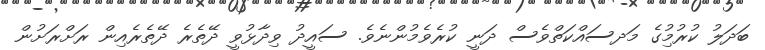
ބަދަލު ކުރުމުިގެ މަދސައްކަތްވެސް ދަނީ ކުރެވެމުންނެވެ. ސައީދު ވިދާޅުވީ ދޭތެރެ ދޭތެރެއިން ރަށްރަށުން